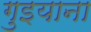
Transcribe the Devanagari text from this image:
गुइयाना